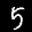
Label: 5